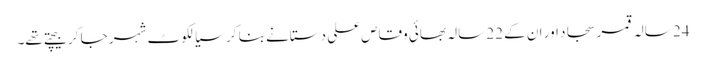
24 سالہ قمر سجاد اور ان کے 22 سالہ بھائی وقاص علی دستانے بنا کر سیالکوٹ شہر جا کر بیچتے تھے۔